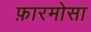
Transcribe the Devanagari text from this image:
फ़ारमोसा